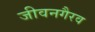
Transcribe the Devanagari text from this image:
जीवनगैरव